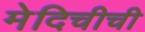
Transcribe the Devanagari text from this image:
मेदिचीची